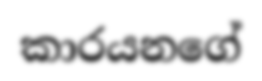
කාරයනගේ